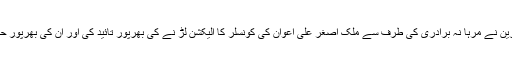
اس موقع پر حاضرین نے مرہا نہ برادری کی طرف سے ملک اصغر علی اعوان کی کونسلر کا الیکشن لڑ نے کی بھرپور تائید کی اور ان کی بھرپور حمایت کا اعلان کیا۔